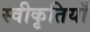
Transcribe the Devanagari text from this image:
स्वीकृतियाँ